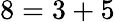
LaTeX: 8=3+5